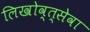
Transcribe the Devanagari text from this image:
लिखोव्त्सेवा